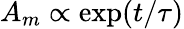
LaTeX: A_{m}\propto\exp(t/\tau)